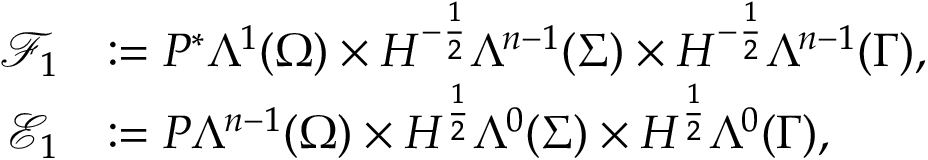
\begin{array} { r l } { \mathcal { F } _ { 1 } } & { : = P ^ { \ast } \Lambda ^ { 1 } ( \Omega ) \times H ^ { - \frac { 1 } { 2 } } \Lambda ^ { n - 1 } ( \Sigma ) \times H ^ { - \frac { 1 } { 2 } } \Lambda ^ { n - 1 } ( \Gamma ) , } \\ { \mathcal { E } _ { 1 } } & { : = P \Lambda ^ { n - 1 } ( \Omega ) \times H ^ { \frac { 1 } { 2 } } \Lambda ^ { 0 } ( \Sigma ) \times H ^ { \frac { 1 } { 2 } } \Lambda ^ { 0 } ( \Gamma ) , } \end{array}